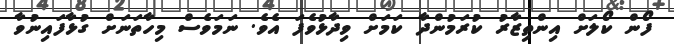
ފޯން ކޯލަށް އިންތިޒާރު ކުރަމުންދާ ކަމަށް ވިދާޅުވެފަ އެވެ. ނަމަވެސް މިހާތަނަށް ގުޅާފައިނުވާ